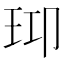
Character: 𤤑